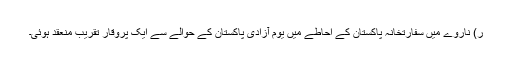
ر) ناروے میں سفارتخانہ پاکستان کے احاطے میں یوم آزادی پاکستان کے حوالے سے ایک پروقار تقریب منعقد ہوئی۔